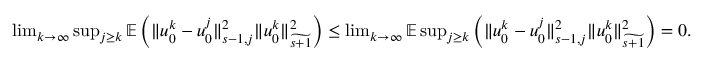
\begin{array} { r } { \operatorname* { l i m } _ { k \to \infty } \operatorname* { s u p } _ { j \geq k } \mathbb E \left( \| u _ { 0 } ^ { k } - u _ { 0 } ^ { j } \| _ { s - 1 , j } ^ { 2 } \| u _ { 0 } ^ { k } \| _ { \widetilde { s + 1 } } ^ { 2 } \right) \leq \operatorname* { l i m } _ { k \to \infty } \mathbb E \operatorname* { s u p } _ { j \geq k } \left( \| u _ { 0 } ^ { k } - u _ { 0 } ^ { j } \| _ { s - 1 , j } ^ { 2 } \| u _ { 0 } ^ { k } \| _ { \widetilde { s + 1 } } ^ { 2 } \right) = 0 . } \end{array}